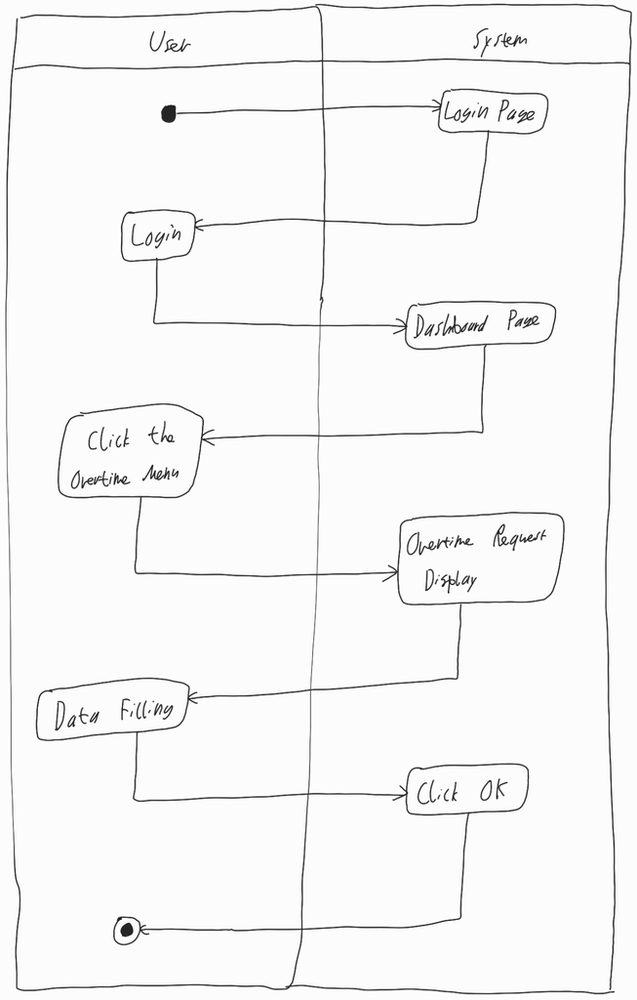
Diagram type: activity_diagram
```plantuml
@startuml

|User|

start

|System|

:Login Page;

|User|

:Login;

|System|

:Dashboard Page;

|User|

:Click the Overtime Menu;

|System|

:Overtime Request Display;

|User|

:Data Filling;

|System|

:Click OK;

|User|

stop

@enduml
```